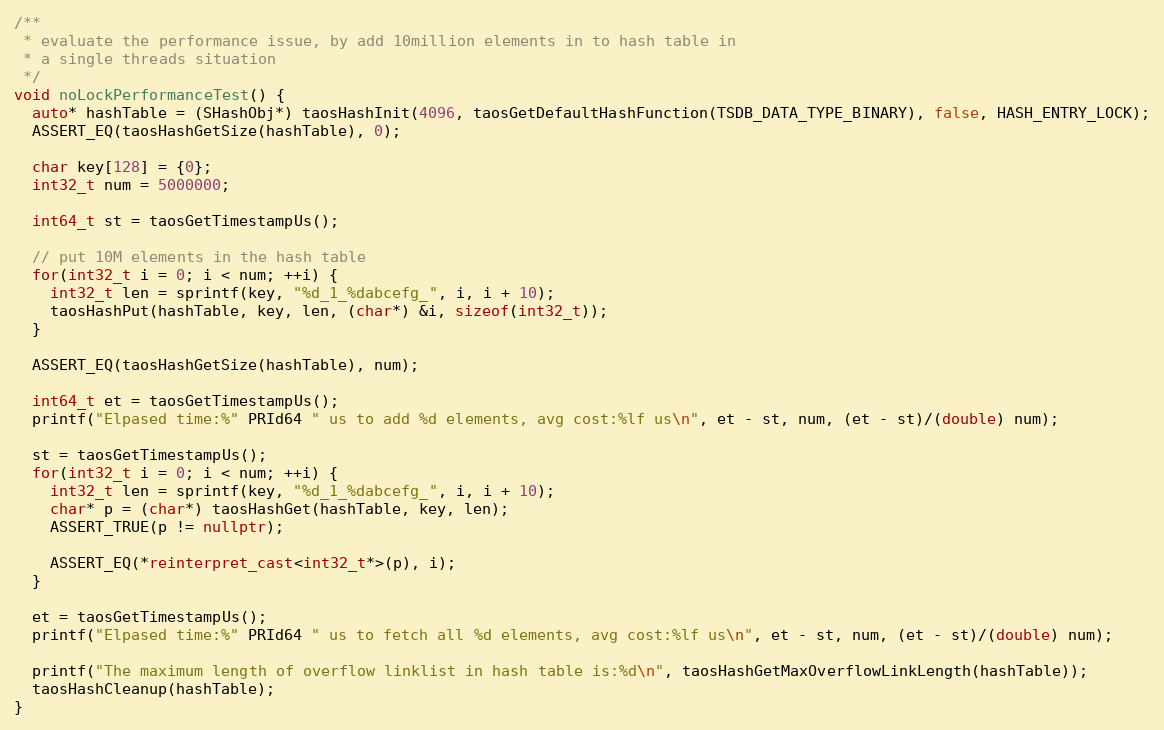
Language: C++
/**
 * evaluate the performance issue, by add 10million elements in to hash table in
 * a single threads situation
 */
void noLockPerformanceTest() {
  auto* hashTable = (SHashObj*) taosHashInit(4096, taosGetDefaultHashFunction(TSDB_DATA_TYPE_BINARY), false, HASH_ENTRY_LOCK);
  ASSERT_EQ(taosHashGetSize(hashTable), 0);

  char key[128] = {0};
  int32_t num = 5000000;

  int64_t st = taosGetTimestampUs();

  // put 10M elements in the hash table
  for(int32_t i = 0; i < num; ++i) {
    int32_t len = sprintf(key, "%d_1_%dabcefg_", i, i + 10);
    taosHashPut(hashTable, key, len, (char*) &i, sizeof(int32_t));
  }

  ASSERT_EQ(taosHashGetSize(hashTable), num);

  int64_t et = taosGetTimestampUs();
  printf("Elpased time:%" PRId64 " us to add %d elements, avg cost:%lf us\n", et - st, num, (et - st)/(double) num);

  st = taosGetTimestampUs();
  for(int32_t i = 0; i < num; ++i) {
    int32_t len = sprintf(key, "%d_1_%dabcefg_", i, i + 10);
    char* p = (char*) taosHashGet(hashTable, key, len);
    ASSERT_TRUE(p != nullptr);

    ASSERT_EQ(*reinterpret_cast<int32_t*>(p), i);
  }

  et = taosGetTimestampUs();
  printf("Elpased time:%" PRId64 " us to fetch all %d elements, avg cost:%lf us\n", et - st, num, (et - st)/(double) num);

  printf("The maximum length of overflow linklist in hash table is:%d\n", taosHashGetMaxOverflowLinkLength(hashTable));
  taosHashCleanup(hashTable);
}